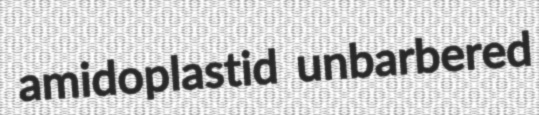
amidoplastid unbarbered